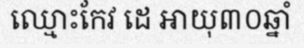
ឈ្មោះកែវ ដេ អាយុ៣០ឆ្នាំ